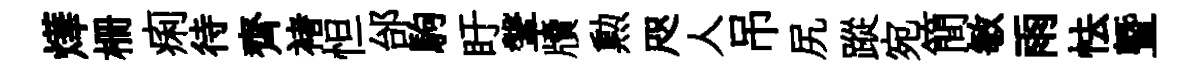
燁栅痢待齊褚怛邰駒盱鞶牘勲咫人吊尻蹤宛簡敏雨怯曁